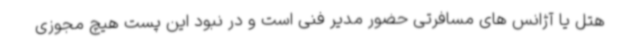
هتل یا آژانس های مسافرتی حضور مدیر فنی است و در نبود این پست هیچ مجوزی